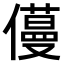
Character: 𠐎